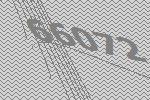
66072